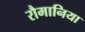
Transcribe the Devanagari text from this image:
रौमानिया